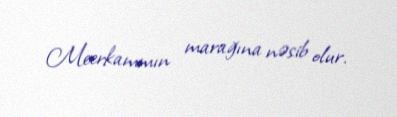
Meerkammın marağına nəsib olur.